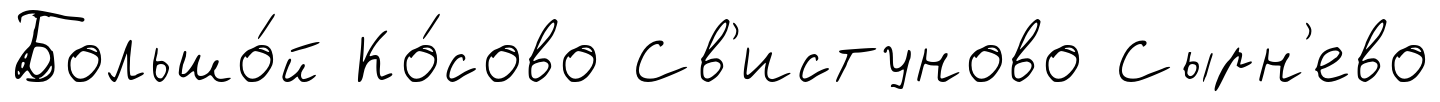
Большо́й Ко́сово Св'истуново Сырн'ево